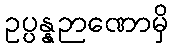
ဥပ္ပန္နဉာဏောမှိ